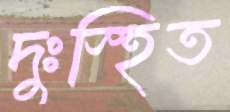
দুঃস্হিত